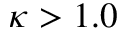
\kappa > 1 . 0